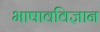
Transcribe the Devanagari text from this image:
भाषावविज्ञान